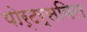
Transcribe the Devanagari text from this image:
पोर्टर्सविल